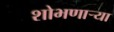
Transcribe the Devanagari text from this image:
शोभणाऱ्या